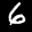
Label: 6